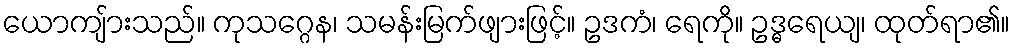
ယောကျ်ားသည်။ ကုသဂ္ဂေန၊ သမန်းမြက်ဖျားဖြင့်။ ဥဒကံ၊ ရေကို။ ဥဒ္ဓရေယျ၊ ထုတ်ရာ၏။